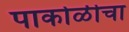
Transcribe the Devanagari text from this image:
पाकोळीचा